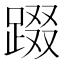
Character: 䟾